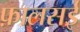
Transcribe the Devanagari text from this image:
फ़ालसई